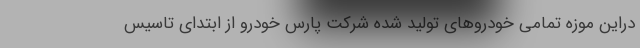
دراین موزه تمامی خودروهای تولید شده شرکت پارس خودرو از ابتدای تاسیس